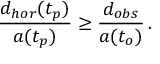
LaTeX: { \frac { d _ { h o r } ( t _ { p } ) } { a ( t _ { p } ) } } \geq { \frac { d _ { o b s } } { a ( t _ { o } ) } } \, .